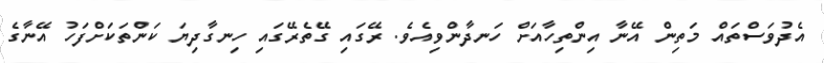
އެދުވަސްތައް މަތިން އޭނާ އިންތިހާއަށް ހަނދާންވިއެވެ. ރޭގައި ގޭތެރޭގައި ހިނގާދިޔަ ކަންތަކަށްފަހު އޭނާގެ